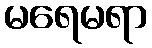
မရေမရာ